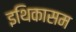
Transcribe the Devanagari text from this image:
इथिकासम